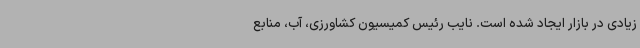
زیادی در بازار ایجاد شده است. نایب رئیس کمیسیون کشاورزی، آب، منابع